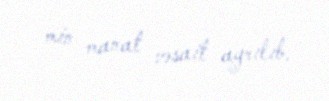
min manat vəsait ayrılıb.